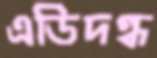
এডিদগ্ধ